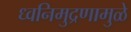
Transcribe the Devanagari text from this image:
ध्वनिमुद्रणामुळे